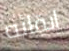
إبقائه